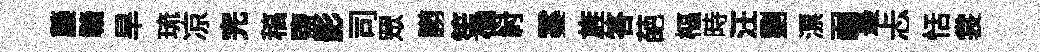
藤贛旱琉凉完稿鹽影司眾謭笙傅紂霎旌答葩樞時汪劉漂弱最忐恬裳